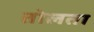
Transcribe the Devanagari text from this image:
तोलता